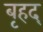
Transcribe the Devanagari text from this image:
बृहद्‌